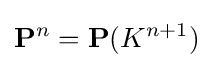
\mathbf {P} ^{n}=\mathbf {P} (K^{n+1})